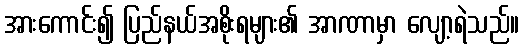
အားကောင်း၍ ပြည်နယ်အစိုးရများ၏ အာဏာမှာ လျော့ရဲသည်။